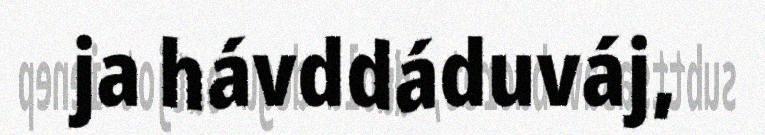
ja hávddáduváj,